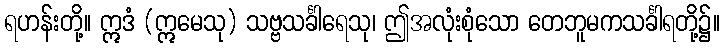
ရဟန်းတို့။ ဣဒံ (ဣမေသု) သဗ္ဗသင်္ခါရေသု၊ ဤအလုံးစုံသော တေဘူမကသင်္ခါရတို့၌။